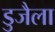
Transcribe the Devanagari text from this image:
डुजैला